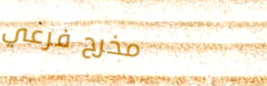
مخرج فرعي